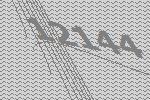
12144